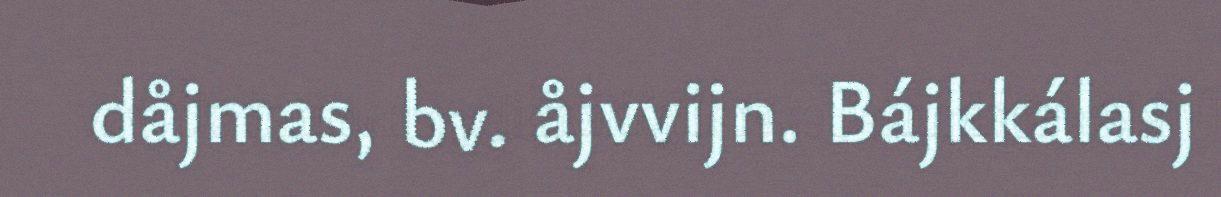
dåjmas, bv. åjvvijn. Bájkkálasj